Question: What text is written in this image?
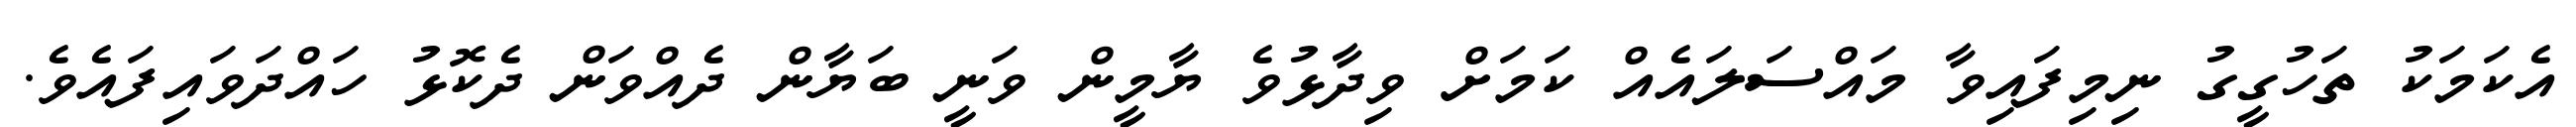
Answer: އެކަމަކު ތަހުގީގު ނިމިފައިވާ މައްސަލައެއް ކަމަށް ވިދާޅުވެ ޔާމީން ވަނީ ބަޔާން ދެއްވަން ދެކޮޅު ހައްދަވައިފައެވެ.